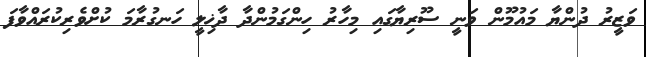
ވަޒީރު ދުންޔާ މައުމޫން ވަނީ ސޫރިޔާގައި މިހާރު ހިންގަމުންދާ ދާޚިލީ ހަނގުރާމަ ކުށްވެރިކުރައްވާފަ